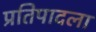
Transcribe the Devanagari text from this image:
प्रतिपादला